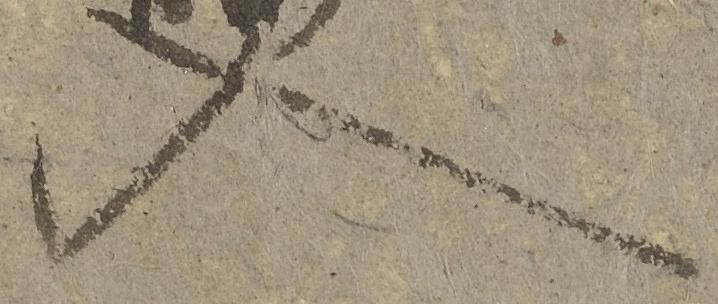
入